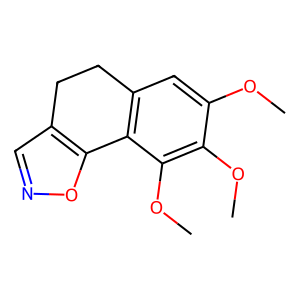
SMILES: COc1cc2c(c(OC)c1OC)-c1oncc1CC2
Inhibits HIV replication: Yes